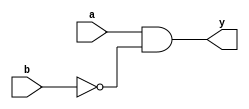
// Write a verilog code for 2 input variable inhibit gate

// Inhibit gate -> 
//                Inhibit gate is also known as 'But - Not' i.e., a but not b.

 
module inhibit_gate(
    input a, b,  
    output y
    );
    
    assign y = a & (~b);
    
endmodule